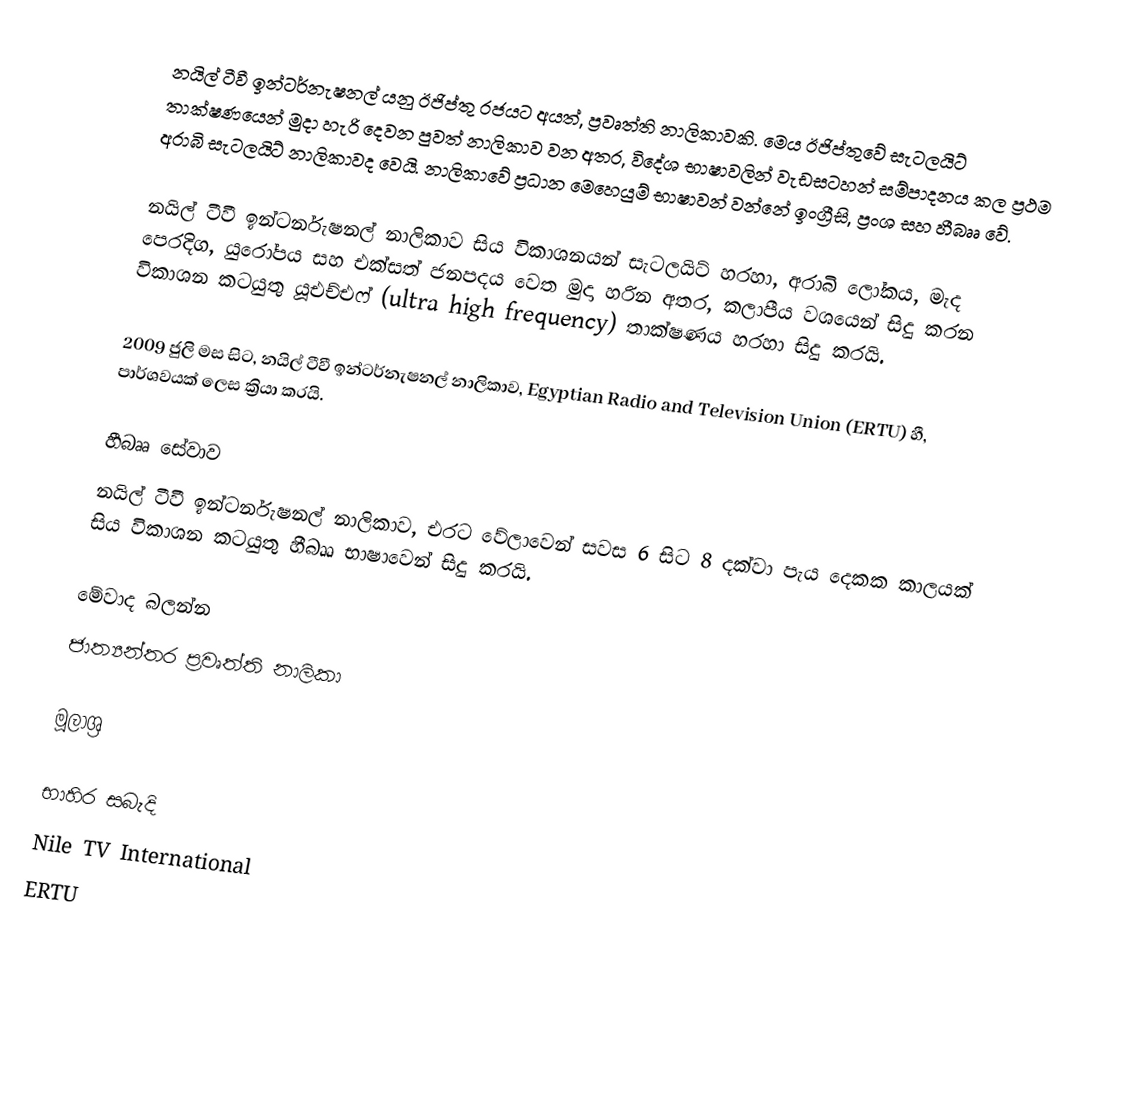
නයිල් ටීවී ඉන්ටර්නැෂනල් යනු ඊජිප්තු රජයට අයත්, ප්‍රවෘත්ති නාලිකාවකි. මෙය ඊජිප්තුවේ සැටලයිට් තාක්ෂණයෙන් මුදා හැරි දෙවන පුවත් නාලිකාව වන අතර, විදේශ භාෂාවලින් වැඩසටහන් සම්පාදනය කල ප්‍රථම අරාබි සැටලයිට් නාලිකාවද වෙයි. නාලිකාවේ ප්‍රධාන මෙහෙයුම් භාෂාවන් වන්නේ ඉංග්‍රීසි, ප්‍රංශ සහ හීබෲ වේ.

නයිල් ටීවී ඉන්ටර්නැෂනල් නාලිකාව සිය විකාශනයන් සැටලයිට් හරහා, අරාබි ලෝකය, මැද පෙරදිග, යුරෝපය සහ එක්සත් ජනපදය වෙත මුදා හරින අතර, කලාපීය වශයෙන් සිදු කරන විකාශන කටයුතු යූඑච්එෆ් (ultra high frequency) තාක්ෂණය හරහා සිදු කරයි.

2009 ජුලි මස සිට, නයිල් ටීවී ඉන්ටර්නැෂනල් නාලිකාව, Egyptian Radio and Television Union (ERTU) හී, පාර්ශවයක් ලෙස ක්‍රියා කරයි.

හීබෲ සේවාව
නයිල් ටීවී ඉන්ටර්නැෂනල් නාලිකාව, එරට වේලාවෙන් සවස 6 සිට 8 දක්වා පැය දෙකක කාලයක් සිය විකාශන කටයුතු හීබෲ භාෂාවෙන් සිදු කරයි.

මේවාද බලන්න
 ජාත්‍යන්තර ප්‍රවෘත්ති නාලිකා

මූලාශ්‍ර

භාහිර සබැදි
 Nile TV International
 ERTU